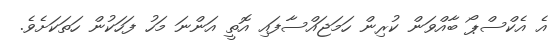
އެ އެކްސްޕޯ ބާއްވަން ކުރިން ހަމަޖައްސާފައި އޮތީ އަންނަ މަހު ފަހަކުން ހަތަކަށެވެ.